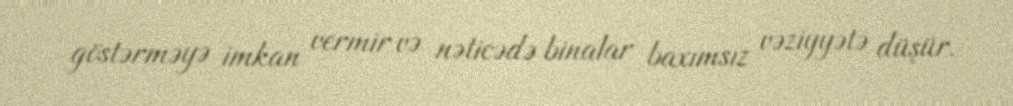
göstərməyə imkan vermir və nəticədə binalar baxımsız vəziyyətə düşür.